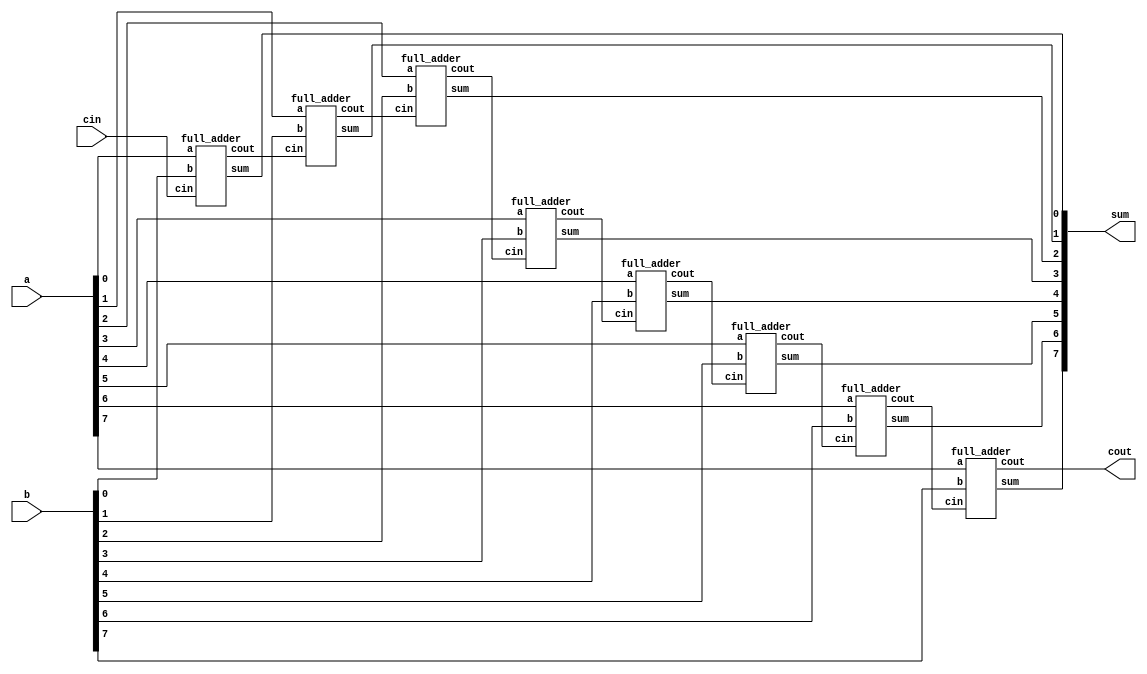
module adder_8bit (
    input wire [7:0] a,
    input wire [7:0] b,
    input wire cin,
    output wire [7:0] sum,
    output wire cout
);

wire [6:0] carry; // Internal carry wires

// Instantiate 8 full adders
full_adder FA0 (
    .a(a[0]),
    .b(b[0]),
    .cin(cin),
    .sum(sum[0]),
    .cout(carry[0])
);

full_adder FA1 (
    .a(a[1]),
    .b(b[1]),
    .cin(carry[0]),
    .sum(sum[1]),
    .cout(carry[1])
);

full_adder FA2 (
    .a(a[2]),
    .b(b[2]),
    .cin(carry[1]),
    .sum(sum[2]),
    .cout(carry[2])
);

full_adder FA3 (
    .a(a[3]),
    .b(b[3]),
    .cin(carry[2]),
    .sum(sum[3]),
    .cout(carry[3])
);

full_adder FA4 (
    .a(a[4]),
    .b(b[4]),
    .cin(carry[3]),
    .sum(sum[4]),
    .cout(carry[4])
);

full_adder FA5 (
    .a(a[5]),
    .b(b[5]),
    .cin(carry[4]),
    .sum(sum[5]),
    .cout(carry[5])
);

full_adder FA6 (
    .a(a[6]),
    .b(b[6]),
    .cin(carry[5]),
    .sum(sum[6]),
    .cout(carry[6])
);

full_adder FA7 (
    .a(a[7]),
    .b(b[7]),
    .cin(carry[6]),
    .sum(sum[7]),
    .cout(cout)
);

endmodule

// Full adder module
module full_adder (
    input wire a,
    input wire b,
    input wire cin,
    output wire sum,
    output wire cout
);

assign sum = a ^ b ^ cin;
assign cout = (a & b) | (b & cin) | (a & cin);

endmodule